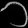
Digit: ၁